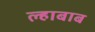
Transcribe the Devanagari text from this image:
ल्हाबाब